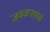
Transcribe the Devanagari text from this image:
जवळपासचे